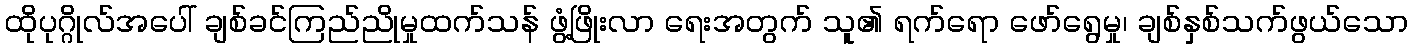
ထိုပုဂ္ဂိုလ်အပေါ် ချစ်ခင်ကြည်ညိုမှုထက်သန် ဖွံ့ဖြိုးလာ ရေးအတွက် သူ၏ ရက်ရော ဖော်ရွေမှု၊ ချစ်နှစ်သက်ဖွယ်သော